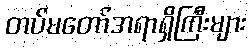
တပ်မတော်အရာရှိကြီးများ